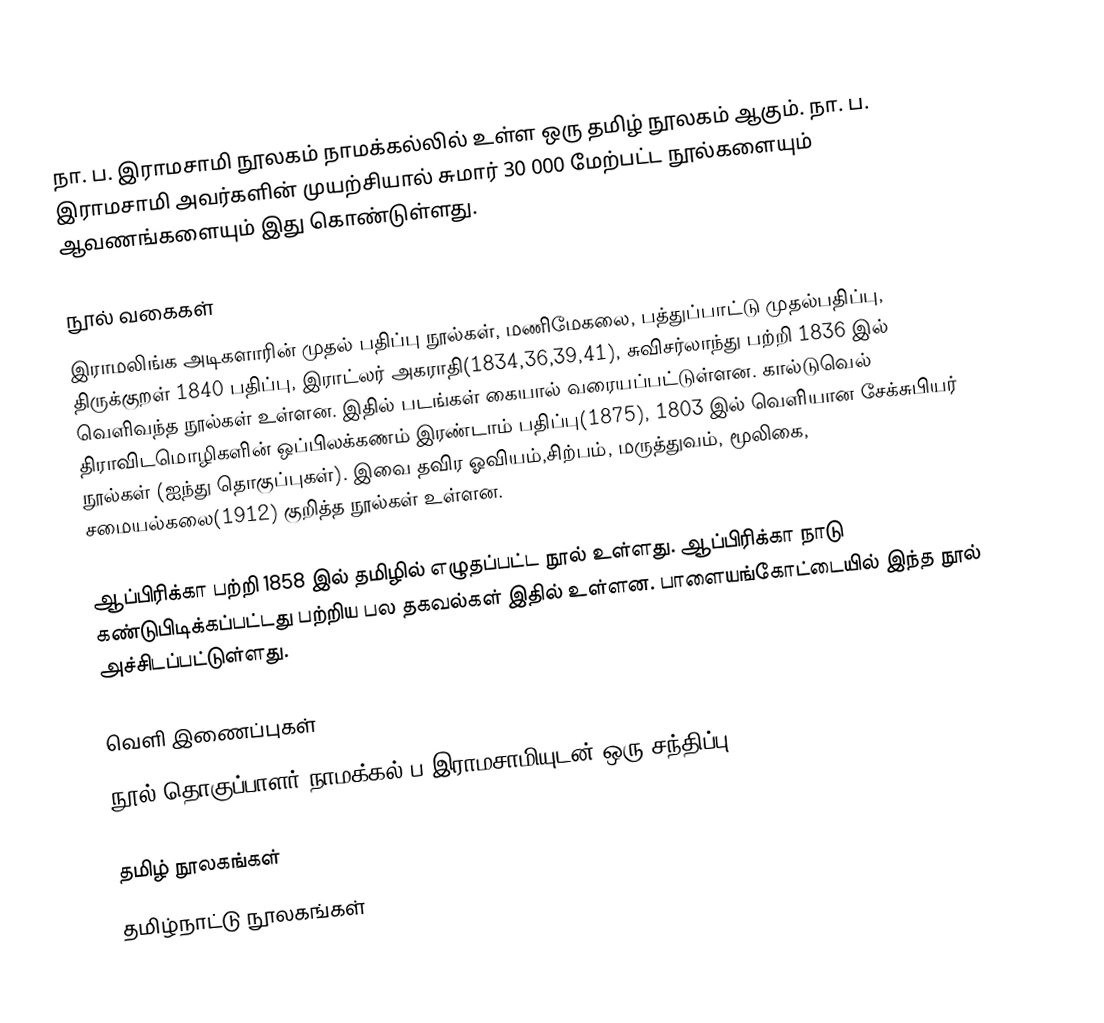
நா. ப. இராமசாமி நூலகம் நாமக்கல்லில் உள்ள ஒரு தமிழ் நூலகம் ஆகும்.  நா. ப. இராமசாமி அவர்களின் முயற்சியால் சுமார் 30 000 மேற்பட்ட நூல்களையும் ஆவணங்களையும் இது கொண்டுள்ளது.

நூல் வகைகள்
இராமலிங்க அடிகளாரின் முதல் பதிப்பு நூல்கள், மணிமேகலை, பத்துப்பாட்டு முதல்பதிப்பு, திருக்குறள் 1840 பதிப்பு, இராட்லர் அகராதி(1834,36,39,41), சுவிசர்லாந்து பற்றி 1836 இல் வெளிவந்த நூல்கள் உள்ளன. இதில் படங்கள் கையால் வரையப்பட்டுள்ளன. கால்டுவெல் திராவிடமொழிகளின் ஒப்பிலக்கணம் இரண்டாம் பதிப்பு(1875), 1803 இல் வெளியான சேக்சுபியர் நூல்கள் (ஐந்து தொகுப்புகள்). இவை தவிர ஓவியம்,சிற்பம், மருத்துவம், மூலிகை, சமையல்கலை(1912) குறித்த நூல்கள் உள்ளன.

ஆப்பிரிக்கா பற்றி 1858 இல் தமிழில் எழுதப்பட்ட நூல் உள்ளது. ஆப்பிரிக்கா நாடு கண்டுபிடிக்கப்பட்டது பற்றிய பல தகவல்கள் இதில் உள்ளன. பாளையங்கோட்டையில் இந்த நூல் அச்சிடப்பட்டுள்ளது.

வெளி இணைப்புகள்
 நூல் தொகுப்பாளர் நாமக்கல் ப.இராமசாமியுடன் ஒரு சந்திப்பு

தமிழ் நூலகங்கள்
தமிழ்நாட்டு நூலகங்கள்